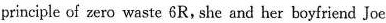
principle of zero waste 6R, she and her boyfriend Joe